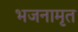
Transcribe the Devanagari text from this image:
भजनामृत